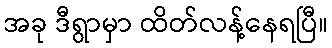
အခု ဒီရွာမှာ ထိတ်လန့်နေရပြီ။